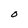
Character: O